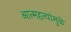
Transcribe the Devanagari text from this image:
आत्महत्यांमुळे